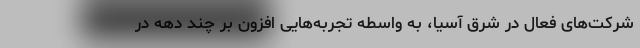
شرکت‌های فعال در شرق آسیا، به واسطه تجربه‌هایی افزون بر چند دهه در